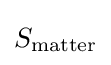
{\textstyle S_{\mathrm {matter} }}